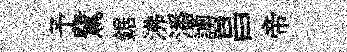
予鷺鋸沸潘謭昌帝